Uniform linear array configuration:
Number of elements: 48
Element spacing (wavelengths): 0.25
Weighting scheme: hamming
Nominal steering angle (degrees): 45
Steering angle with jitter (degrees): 43.02
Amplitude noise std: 0.05
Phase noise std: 0.05

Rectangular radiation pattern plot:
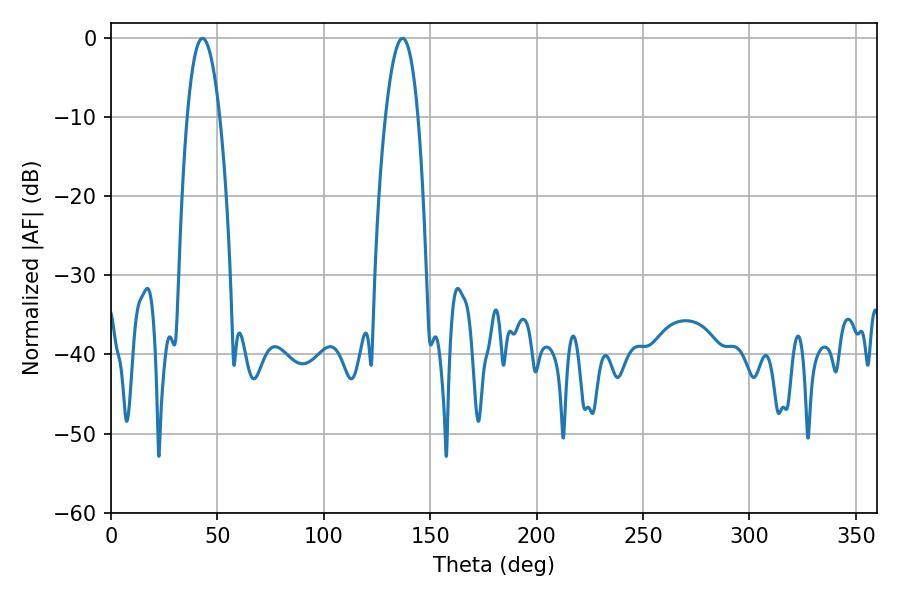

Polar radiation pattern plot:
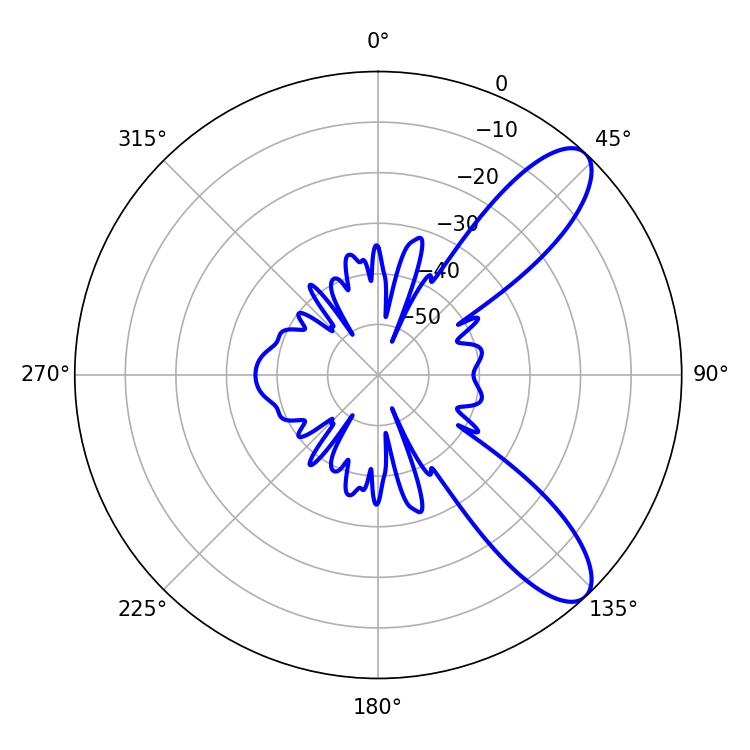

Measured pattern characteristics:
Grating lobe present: FALSE
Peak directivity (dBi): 9.657
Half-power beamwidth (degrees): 8.46
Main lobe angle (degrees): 43.02